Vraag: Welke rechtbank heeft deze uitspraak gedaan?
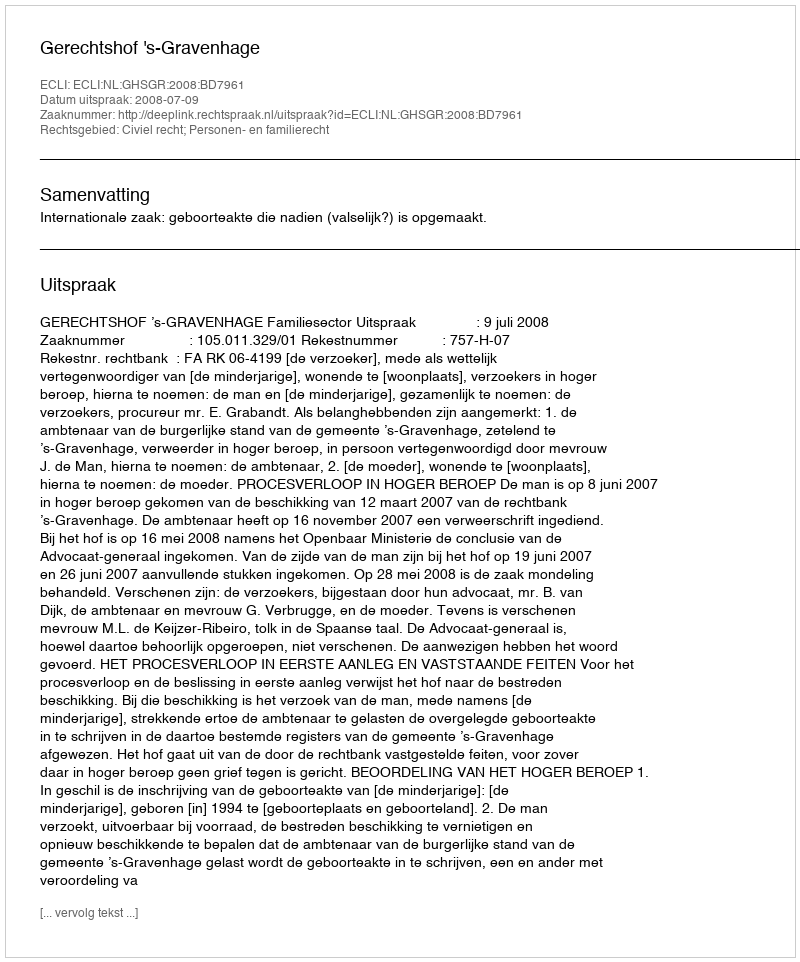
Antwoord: Gerechtshof 's-Gravenhage